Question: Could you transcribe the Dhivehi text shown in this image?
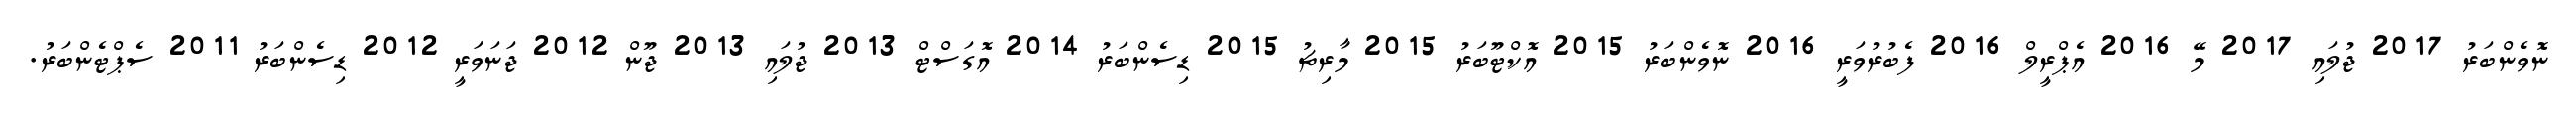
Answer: ނޮވެންބަރު 2017 ޖުލައި 2017 މޭ 2016 އެޕްރީލް 2016 ފެބުރުވަރީ 2016 ނޮވެންބަރު 2015 އޮކްޓޫބަރު 2015 މާރިޗު 2015 ޑިސެންބަރު 2014 އޮގަސްޓް 2013 ޖުލައި 2013 ޖޫން 2012 ޖަނަވަރީ 2012 ޑިސެންބަރު 2011 ސެޕްޓެންބަރު.